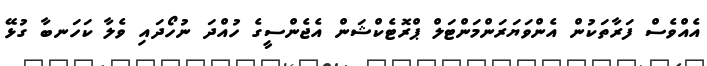
އެއްވެސް ފަރާތަކުން އެންވަޔަރަންމަންޓަލް ޕްރޮޓެކްޝަން އެޖެންސީގެ ހުއްދަ ނުހޯދައި ވެލާ ކަހަނބާ ގުޅޭ